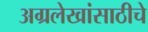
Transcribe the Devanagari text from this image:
अग्रलेखांसाठीचे